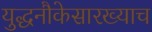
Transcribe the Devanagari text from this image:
युद्धनौकेसारख्याच